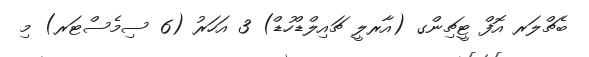
ބެޗްލަރ އޮފް ޓީޗިންގ (އާރލީ ޗައިލްޑްހުޑް) 3 އަހަރު (6 ސިމެސްޓަރ) މި